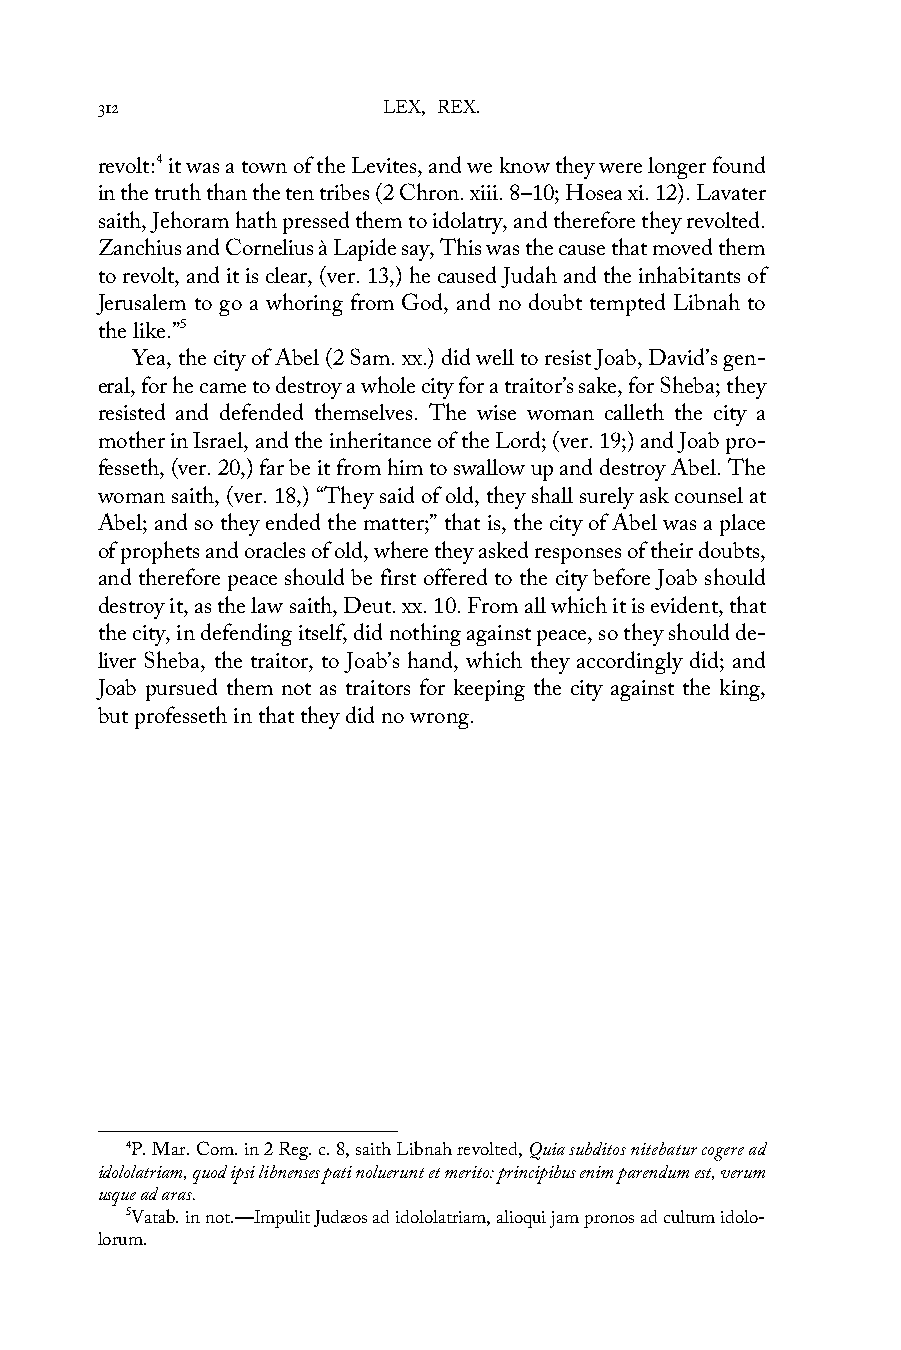
312                LEX, REX.
 revolt:4 it was a town of the Levites, and we know they were longer found
 in the truth than the ten tribes (2 Chron. xiii. 8–10; Hosea xi. 12). Lavater
 saith, Jehoram hath pressed them to idolatry, and therefore they revolted.
 Zanchius and Cornelius à Lapide say, This was the cause that moved them
 to revolt, and it is clear, (ver. 13,) he caused Judah and the inhabitants of
 Jerusalem to go a whoring from God, and no doubt tempted Libnah to
 the like.”5
 Yea, the city of Abel (2 Sam. xx.) did well to resist Joab, David’s gen-
 eral, for he came to destroy a whole city for a traitor’s sake, for Sheba; they
 resisted and defended themselves. The wise woman calleth the city a
 mother in Israel, and the inheritance of the Lord; (ver. 19;) and Joab pro-
 fesseth, (ver. 20,) far be it from him to swallow up and destroy Abel. The
 woman saith, (ver. 18,) “They said of old, they shall surely ask counsel at
 Abel; and so they ended the matter;” that is, the city of Abel was a place
 of prophets and oracles of old, where they asked responses of their doubts,
 and therefore peace should be first offered to the city before Joab should
 destroy it, as the law saith, Deut. xx. 10. From all which it is evident, that
 the city, in defending itself, did nothing against peace, so they should de-
 liver Sheba, the traitor, to Joab’s hand, which they accordingly did; and
 Joab pursued them not as traitors for keeping the city against the king,
 but professeth in that they did no wrong.
 4P. Mar. Com. in 2 Reg. c. 8, saith Libnah revolted, Quia subditos nitebatur cogere ad
 idololatriam, quod ipsi libnenses pati noluerunt et merito: principibus enim parendum est, verum
 usque ad aras.
 5Vatab. in not.—Impulit Judæos ad idololatriam, alioqui jam pronos ad cultum idolo-
 lorum.